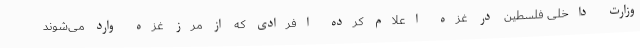
وزارت داخلی فلسطین در غزه اعلام کرده افرادی که از مرز غزه وارد می‌شوند